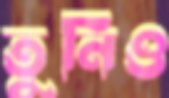
তুনিও